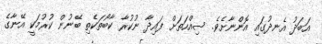
އަބަދު އެނދުގައި އޮންނާށެވެ. ސިއްހަތަށް ފައިދާ ނުކުރާ ކާބޯތަކެތި ބޭނުން ކުރުމަކީ އޭނާގެ